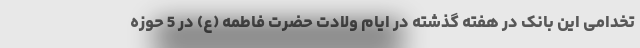
تخدامی این بانک در هفته گذشته در ایام ولادت حضرت فاطمه (ع) در 5 حوزه